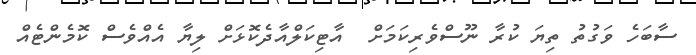
ސާބަހެ ވަގުތު ތިޔަ ކުރާ ނޫސްވެރިކަމަށް  އާޓިކަލްއާދެކޮޅަށް ލިޔާ އެއްވެސް ކޮމެންޓެއް